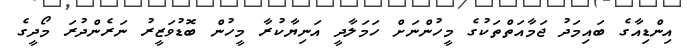
އިންޑިއާގެ ބައިމަދު ޖަމާއަތްތަކުގެ މީހުންނަށް ހަމަލާދީ އަނިޔާކުރާ މީހުން ބޮޑުވަޒީރު ނަރެންދުރަ މޯދީގެ